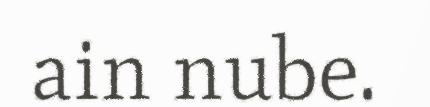
ain nube.